Lunatic asylums Madras 1892-1911 - 1892-1911
Year: 1892
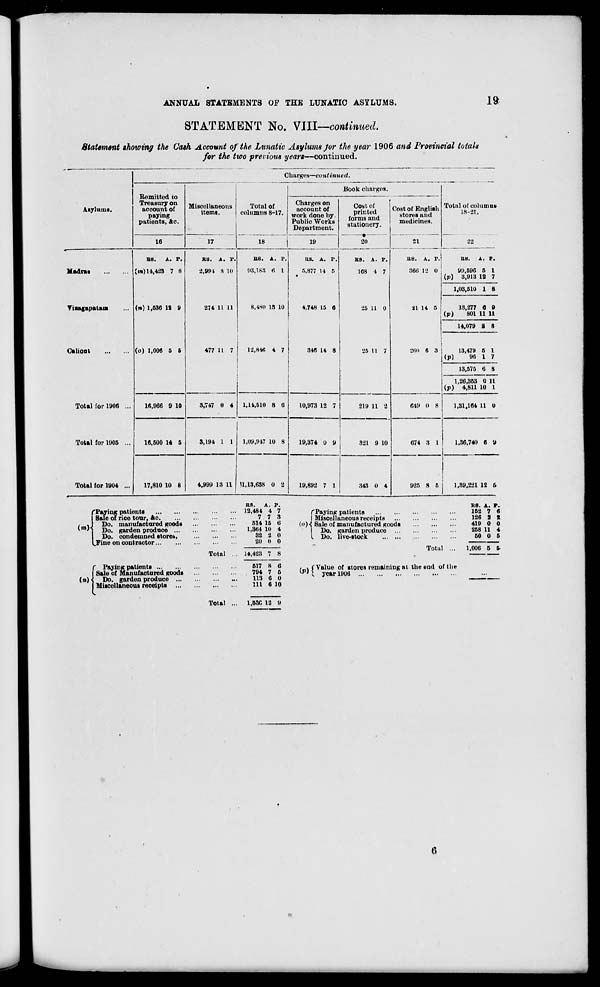
ANNUAL STATEMENTS OF THE LUNATIC ASYLUMS.
IS
STATEMENT No. VIII—continued.
Statement showing the Cash Account of the Lunatic Asylums Jor the year 1906 and Provincial totals
for the two previous years—continued.
Charges—continued.
Remitted to
Treasury on
account of
paying
patients, 4c.
Miscellaneous
items.
Total of
columns 8-17.
18
Book charges.
Asylums.
Charges on
account of
work done by.
Public Works
Department.
19
Cost of
printed
forms and
stationery.
20
Cost of English
stores and
medicines.
21
Total of column*
18-21.
16
17
22
Madras
KB.
A. F.
(m) 14,428 7 8
(») 1,636 It 9
(o) 1,006 5 6
KB. A. P.
2,991 8 10
274 U 11
477 11 7
B8. A. F.
93,1*3 « I
8.4S0 IS 10
12,846 4 7
BS. A. P.
5,877 14 6
4,748 15 0
346 14 8
KB. A. F.
168 I 7
25 11 0
25 11 7
KB. A. P.
366 12 0
21 14 5
260 6 3
KM.
A. P.
99,596 5 1
(p) 3,913 12 7
1,03,510 1 8
Yiaagapataos
13,277 6 8
(p)
801 11 11
14,079 2 8
Calioat
13.479 6 I
(p)
96 1 7
13,575 6 8
1,26,353 0 11
(p) 4,811 10 I
Total lor 1906 ...
16,966 9 10
3,747 0 4 1.14,510 8 6
10,973 12 7
219 11 2
649 0 8
1,31,164 11 0
Total for 11)05 ...
16,600 14 6
3,191 1 1
1,09,947 10 8
19,374 0 9
321 9 10
674 3 I
1.36,740 6 9
Total for 1904 ...
17,810 10 8
4,999 13 11 | U, 13,638 0 8
19,892 7 1
343 0 4
925 8 5
1,39,221 12 6
("Paying patients
Sale of rice tour, Ac.
/ . I Do. manufactured goods
' ' j Do. garden produce ...
i Do. condemned stores,
I Fine on contractor
(»)
( Paying patients
Sale of Manufactured goods
Do. garden produce ...
Miscellaneous receipts ...
RS.
A. p.
12,484 4 7
7 7 3
514 15 6
1,364 10 4
32 2 0
20 0 0
Total ... 14,423 7 8
617 8 6
794 7 6
113 6 0
111 6 10
f Paying patients
I Miscellaneous receipts
(<>){ Sale of manufactured goods
Do. garden produce ...
L Do. live-stock
KB. A. P.
162 7 6
126 3 Z
419 0 0
268 11 4
50 0 5
Total
1,006 5 6
, v f Value of stores remaining at the end of the
yp 'X year 1006
Total ... 1,536 12 9
6